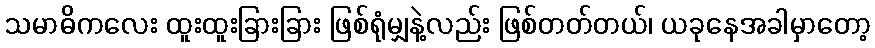
သမာဓိကလေး ထူးထူးခြားခြား ဖြစ်ရုံမျှနဲ့လည်း ဖြစ်တတ်တယ်၊ ယခုနေအခါမှာတော့